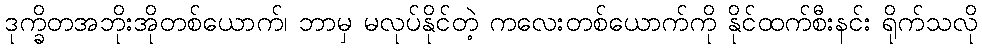
ဒုက္ခိတအဘိုးအိုတစ်ယောက်၊ ဘာမှ မလုပ်နိုင်တဲ့ ကလေးတစ်ယောက်ကို နိုင်ထက်စီးနင်း ရိုက်သလို